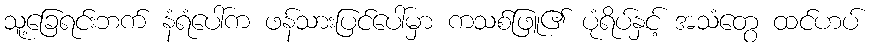
သူ့ခြေရင်းဘက် နံရံပေါ်က ဖန်သားပြင်ပေါ်မှာ ကသစ်ဖြူ၏ ပုံရိပ်နှင့် အသံတွေ ထင်ဟပ်